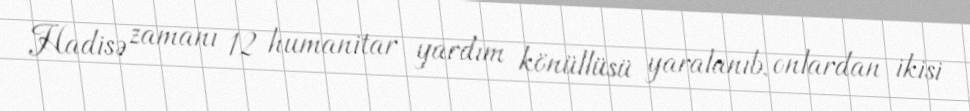
Hadisə zamanı 12 humanitar yardım könüllüsü yaralanıb, onlardan ikisi